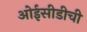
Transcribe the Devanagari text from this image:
ओईसीडीची